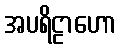
အပရိဠာဟော